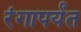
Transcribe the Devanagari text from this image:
रंगापर्यंत